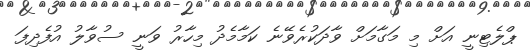
ޕްލެޓިނީ އަށް މި މަގާމަށް ވާދަކުރެވޭނެ ކަމާމެދު މިހާރު ވަނީ ސުވާލު އުފެދިފަ